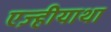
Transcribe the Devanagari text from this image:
एज़्हीयाथा